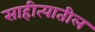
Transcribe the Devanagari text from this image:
साहीत्यातील